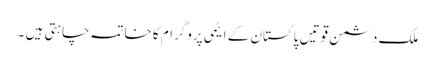
ملک دشمن قوتیں پاکستان کے ایٹمی پروگرام کا خاتمہ چاہتی ہیں ۔